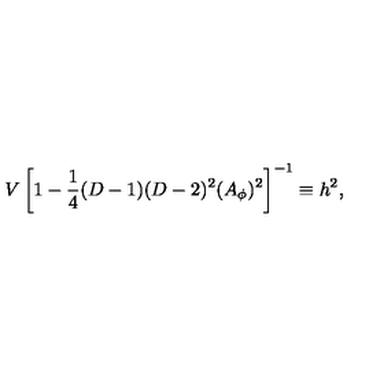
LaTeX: V \left[ 1 - { \frac { 1 } { 4 } } ( D - 1 ) ( D - 2 ) ^ { 2 } ( A _ { \phi } ) ^ { 2 } \right] ^ { - 1 } \equiv h ^ { 2 } ,